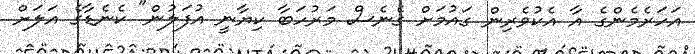
އަހަރެމެންގެ އާ އެކުވެރިން ގައުމަށް ގެނެސް މަރުހަބާ ކިޔާނީ އުފަލުން" ކެނެޑާގެ އަލަށް